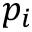
p _ { i }